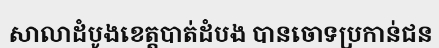
សាលាដំបូងខេត្តបាត់ដំបង បានចោទប្រកាន់ជន